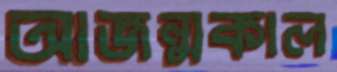
আজন্মকাল